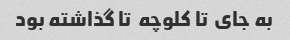
به جای  تا کلوچه  تا گذاشته بود